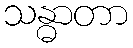
သန္ဓာတာ